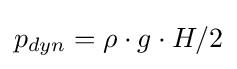
p_{dyn}=\rho \cdot g\cdot H/2